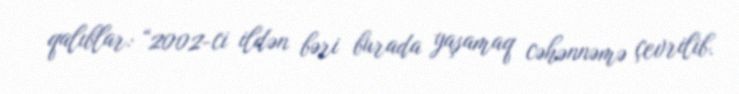
qalıblar: “2002-ci ildən bəri burada yaşamaq cəhənnəmə çevrilib.